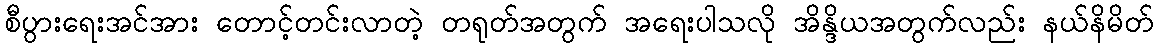
စီပွားရေးအင်အား တောင့်တင်းလာတဲ့ တရုတ်အတွက် အရေးပါသလို အိန္ဒိယအတွက်လည်း နယ်နိမိတ်